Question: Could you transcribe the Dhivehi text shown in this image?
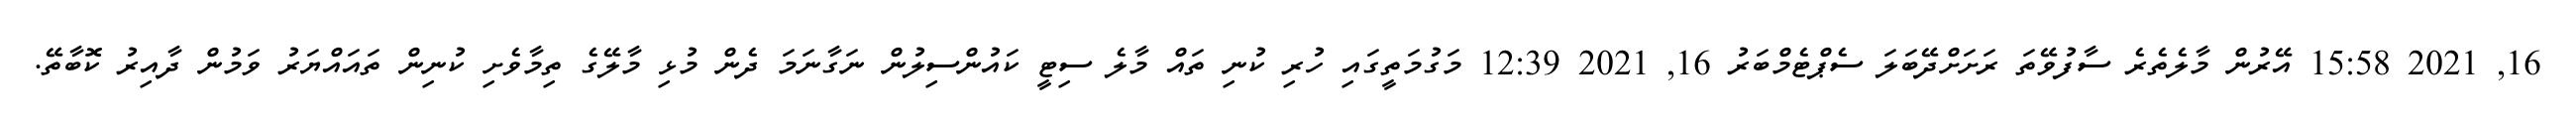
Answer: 16, 2021 15:58 އޭރުން މާލެތެރެ ސާފުވޭތަ ރަށަށްދޭބަލަ ސެޕްޓެމްބަރު 16, 2021 12:39 މަގުމަތީގައި ހުރި ކުނި ތައް މާލެ ސިޓީ ކައުންސިލުން ނަގާނަމަ ދެން މުޅި މާލޭގެ ތިމާވެށި ކުނިން ތައައްޔަރު ވަމުން ދާއިރު ކޮބާތޭ.